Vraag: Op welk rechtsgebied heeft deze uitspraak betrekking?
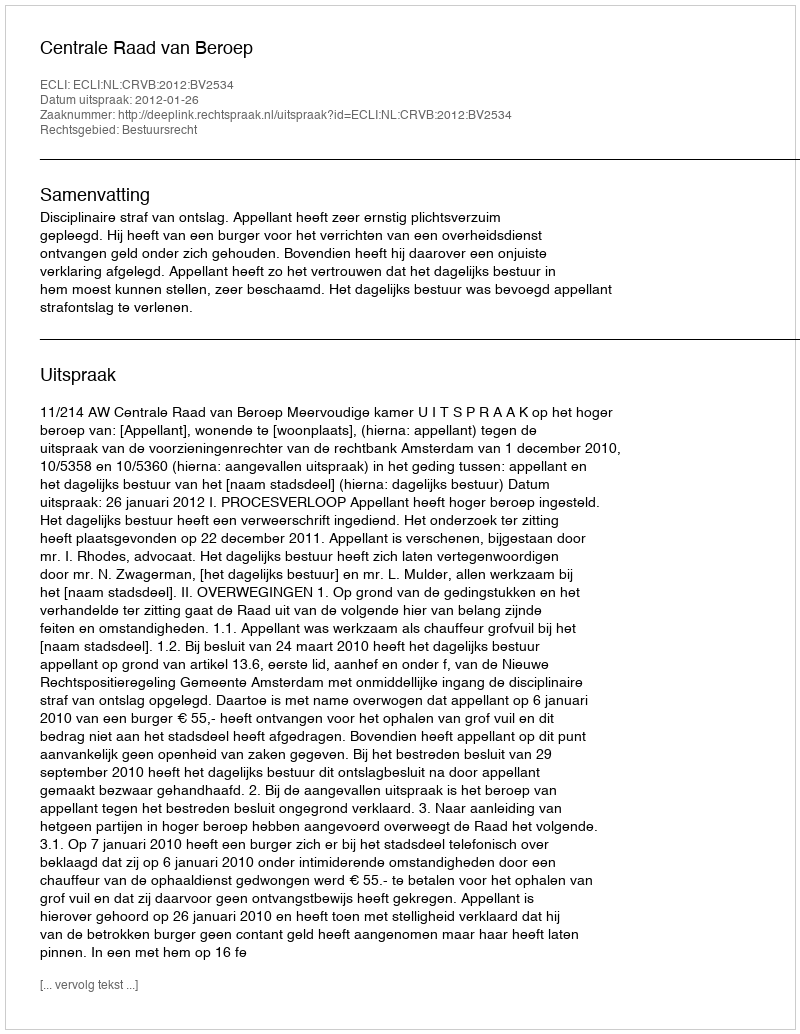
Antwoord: Bestuursrecht